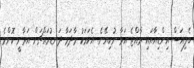
ބެލިއަސް އިންޑިއާއައި ރާއްޖެ އަޅާ ނުކިޔޭނެ. އެކަމަކު މާދަމާ ދަނޑުމައްޗަށް އަރާނީ ކޮންމެ